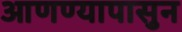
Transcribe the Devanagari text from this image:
आणण्यापासुन